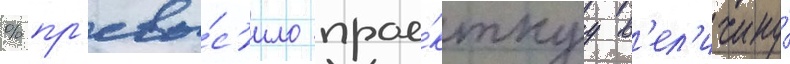
% пр'евы́с'ило прое́ктнуу в'ел'ичину́